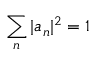
\sum _ { n } | a _ { n } | ^ { 2 } = 1